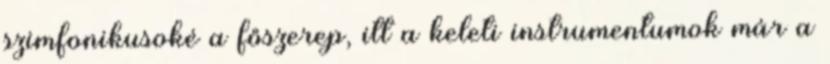
szimfonikusoké a főszerep, itt a keleti instrumentumok már a